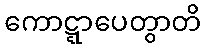
ကောဋ္ဋာပေတွာတိ